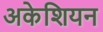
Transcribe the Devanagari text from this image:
अकेशियन